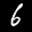
Label: 6